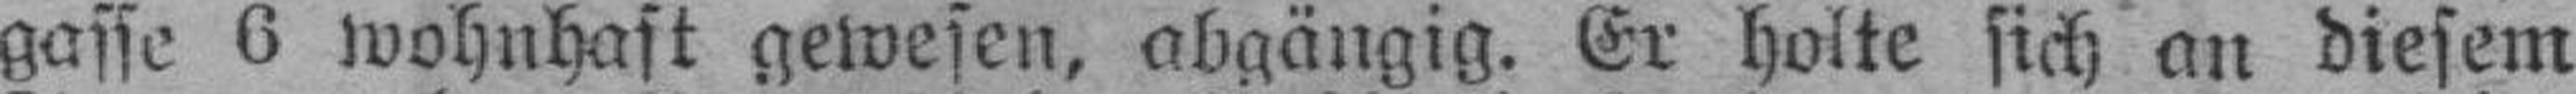
gasse 6 wohnhaft gewesen, abgängig. Er holte sich an diesem